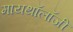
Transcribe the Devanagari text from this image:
मायथॉलॉजी